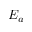
E _ { a }